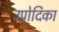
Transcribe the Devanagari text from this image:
उपोदिका